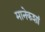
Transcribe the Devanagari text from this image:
मानेकशां